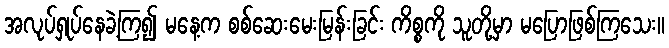
အလုပ်ရှုပ်နေခဲ့ကြ၍ မနေ့က စစ်ဆေးမေးမြန်းခြင်း ကိစ္စကို သူတို့မှာ မပြောဖြစ်ကြသေး။